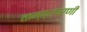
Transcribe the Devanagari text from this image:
ताम्ब्रपरणी